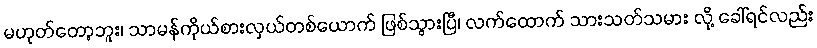
မဟုတ်တော့ဘူး၊ သာမန်ကိုယ်စားလှယ်တစ်ယောက် ဖြစ်သွားပြီ၊ လက်ထောက် သားသတ်သမား လို့ ခေါ်ရင်လည်း